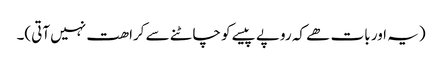
(یہ اور بات ھے کہ روپے پیسے کو چاٹنے سے کراھت نہیں آتی)۔